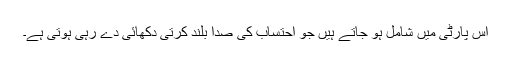
اس پارٹی میں شامل ہو جاتے ہیں جو احتساب کی صدا بلند کرتی دکھائی دے رہی ہوتی ہے۔